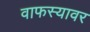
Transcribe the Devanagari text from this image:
वाफस्यावर